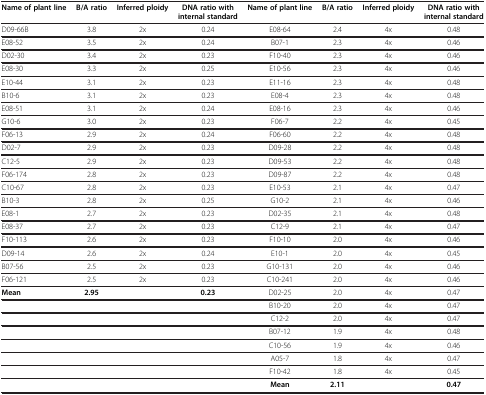
<table><thead><tr><td><b>Name of plant line</b></td><td><b>B/A ratio</b></td><td><b>Inferred ploidy</b></td><td><b>DNA ratio with internal standard</b></td><td><b>Name of plant line</b></td><td><b>B/A ratio</b></td><td><b>Inferred ploidy</b></td><td><b>DNA ratio with internal standard</b></td></tr></thead><tbody><tr><td>D09-66B</td><td>3.8</td><td>2x</td><td>0.24</td><td>E08-64</td><td>2.4</td><td>4x</td><td>0.48</td></tr><tr><td>E08-52</td><td>3.5</td><td>2x</td><td>0.24</td><td>B07-1</td><td>2.3</td><td>4x</td><td>0.46</td></tr><tr><td>D02-30</td><td>3.4</td><td>2x</td><td>0.23</td><td>F10-40</td><td>2.3</td><td>4x</td><td>0.46</td></tr><tr><td>E08-30</td><td>3.3</td><td>2x</td><td>0.25</td><td>E10-56</td><td>2.3</td><td>4x</td><td>0.46</td></tr><tr><td>E10-44</td><td>3.1</td><td>2x</td><td>0.23</td><td>E11-16</td><td>2.3</td><td>4x</td><td>0.48</td></tr><tr><td>B10-6</td><td>3.1</td><td>2x</td><td>0.23</td><td>E08-4</td><td>2.3</td><td>4x</td><td>0.48</td></tr><tr><td>E08-51</td><td>3.1</td><td>2x</td><td>0.24</td><td>E08-16</td><td>2.3</td><td>4x</td><td>0.46</td></tr><tr><td>G10-6</td><td>3.0</td><td>2x</td><td>0.23</td><td>F06-7</td><td>2.2</td><td>4x</td><td>0.45</td></tr><tr><td>F06-13</td><td>2.9</td><td>2x</td><td>0.24</td><td>F06-60</td><td>2.2</td><td>4x</td><td>0.48</td></tr><tr><td>D02-7</td><td>2.9</td><td>2x</td><td>0.23</td><td>D09-28</td><td>2.2</td><td>4x</td><td>0.48</td></tr><tr><td>C12-5</td><td>2.9</td><td>2x</td><td>0.23</td><td>D09-53</td><td>2.2</td><td>4x</td><td>0.48</td></tr><tr><td>F06-174</td><td>2.8</td><td>2x</td><td>0.23</td><td>D09-87</td><td>2.2</td><td>4x</td><td>0.48</td></tr><tr><td>C10-67</td><td>2.8</td><td>2x</td><td>0.23</td><td>E10-53</td><td>2.1</td><td>4x</td><td>0.47</td></tr><tr><td>B10-3</td><td>2.8</td><td>2x</td><td>0.25</td><td>G10-2</td><td>2.1</td><td>4x</td><td>0.46</td></tr><tr><td>E08-1</td><td>2.7</td><td>2x</td><td>0.23</td><td>D02-35</td><td>2.1</td><td>4x</td><td>0.48</td></tr><tr><td>E08-37</td><td>2.7</td><td>2x</td><td>0.23</td><td>C12-9</td><td>2.1</td><td>4x</td><td>0.47</td></tr><tr><td>F10-113</td><td>2.6</td><td>2x</td><td>0.23</td><td>F10-10</td><td>2.0</td><td>4x</td><td>0.46</td></tr><tr><td>D09-14</td><td>2.6</td><td>2x</td><td>0.24</td><td>E10-1</td><td>2.0</td><td>4x</td><td>0.45</td></tr><tr><td>B07-56</td><td>2.5</td><td>2x</td><td>0.23</td><td>G10-131</td><td>2.0</td><td>4x</td><td>0.46</td></tr><tr><td>F06-121</td><td>2.5</td><td>2x</td><td>0.23</td><td>C10-241</td><td>2.0</td><td>4x</td><td>0.46</td></tr><tr><td><b>Mean</b></td><td><b>2.95</b></td><td> </td><td><b>0.23</b></td><td>D02-25</td><td>2.0</td><td>4x</td><td>0.47</td></tr><tr><td> </td><td> </td><td> </td><td> </td><td>B10-20</td><td>2.0</td><td>4x</td><td>0.47</td></tr><tr><td> </td><td> </td><td> </td><td> </td><td>C12-2</td><td>2.0</td><td>4x</td><td>0.47</td></tr><tr><td> </td><td> </td><td> </td><td> </td><td>B07-12</td><td>1.9</td><td>4x</td><td>0.48</td></tr><tr><td> </td><td> </td><td> </td><td> </td><td>C10-56</td><td>1.9</td><td>4x</td><td>0.46</td></tr><tr><td> </td><td> </td><td> </td><td> </td><td>A05-7</td><td>1.8</td><td>4x</td><td>0.47</td></tr><tr><td> </td><td> </td><td> </td><td> </td><td>F10-42</td><td>1.8</td><td>4x</td><td>0.45</td></tr><tr><td> </td><td> </td><td> </td><td> </td><td><b>Mean</b></td><td><b>2.11</b></td><td> </td><td><b>0.47</b></td></tr></tbody></table>